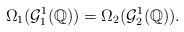
LaTeX: \begin{align*}\Omega_1(\mathcal{G}_1^1(\mathbb{Q}))=\Omega_2(\mathcal{G}_2^1(\mathbb{Q})).\end{align*}